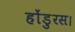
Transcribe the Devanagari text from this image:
होंडुरस।